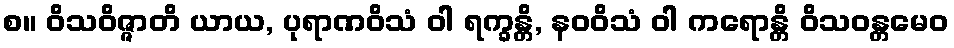
စ။ ဝိသဝိဇ္ဇာတိ ယာယ, ပုရာဏဝိသံ ဝါ ရက္ခန္တိ, နဝဝိသံ ဝါ ကရောန္တိ ဝိသဝန္တမေဝ